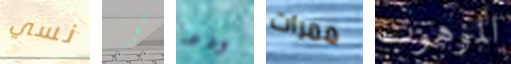
نسي بالاشمئزاز ودعا ممرات الموهوب